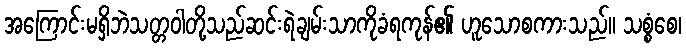
အကြောင်းမရှိဘဲသတ္တဝါတို့သည်ဆင်းရဲချမ်းသာကိုခံရကုန်၏ ဟူသောစကားသည်။ သစ္စံစေ၊